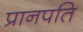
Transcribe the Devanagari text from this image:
प्रानपति